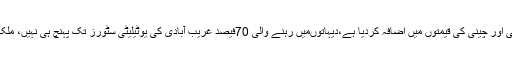
جبکہ حکومت نے عوام کو ریلیف دینے کی بجائے یوٹیلٹی سٹورز پر بھی گھی اور چینی کی قیمتوں میں اضافہ کردیا ہے،دیہاتوںمیں رہنے والی 70فیصد غریب آبادی کی یوٹیلیٹی سٹورز تک پہنچ ہی نہیں، ملک میں پناہ گاہیں اور لنگر خانے کھول کر غریب عوام کا مذاق اڑایا جارہا ہے۔